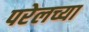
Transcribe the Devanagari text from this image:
परेलच्या